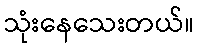
သုံးနေသေးတယ်။